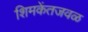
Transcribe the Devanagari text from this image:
शिमकेंतजवळ